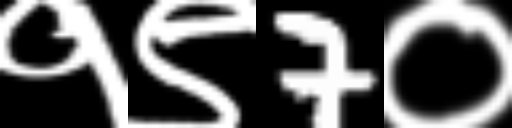
Text: १९7०